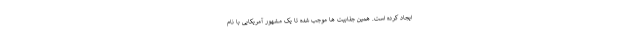
ایجاد کرده است. همین جذابیت ها موجب شده تا یک مشهور آمریکایی با نام